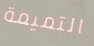
التميمة